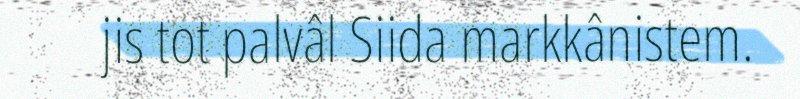
jis tot palvâl Siida markkânistem.